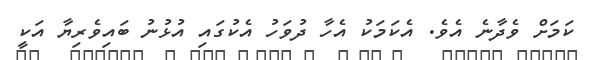
ކަމަށް ވެދާނެ އެވެ. އެކަމަކު އެހާ ދުވަހު އެކުގައި އުޅުނު ބައިވެރިޔާ އަކީ